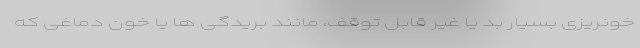
خونریزی بسیار بد یا غیر قابل توقف، مانند بریدگی ها یا خون دماغی که